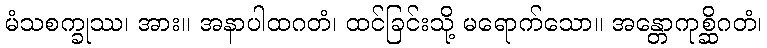
မံသစက္ခုဿ၊ အား။ အနာပါထဂတံ၊ ထင်ခြင်းသို့ မရောက်သော။ အန္တောကုစ္ဆိဂတံ၊